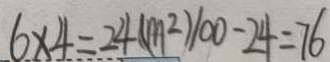
6 \times 4 = 2 4 ( m ^ { 2 } ) 1 0 0 - 2 4 = 7 6